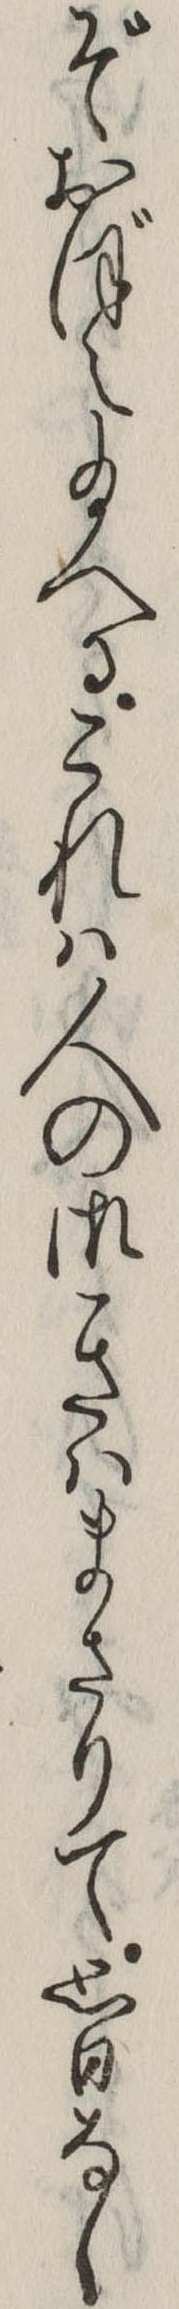
ぞおぼえ給へるこれは人の御きはまさりて思ひなし